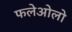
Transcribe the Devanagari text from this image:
फलेओलो